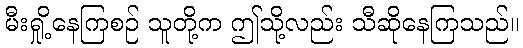
မီးရှို့နေကြစဉ် သူတို့က ဤသို့လည်း သီဆိုနေကြသည်။